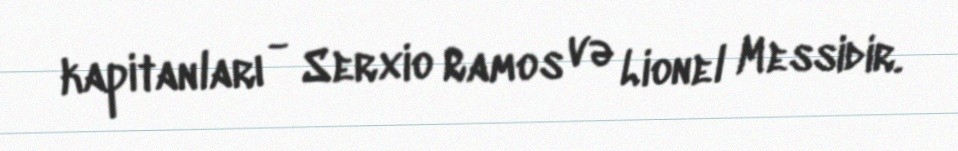
kapitanları - Serxio Ramos və Lionel Messidir.